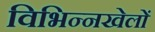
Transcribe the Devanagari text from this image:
विभिन्नखेलों